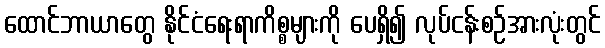
ထောင်ဘာယာတွေ နိုင်ငံရေးရာကိစ္စများကို ပေရှိ၍ လုပ်ငန်းစဉ်အားလုံးတွင်